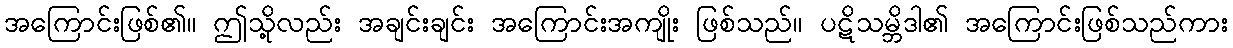
အကြောင်းဖြစ်၏။ ဤသို့လည်း အချင်းချင်း အကြောင်းအကျိုး ဖြစ်သည်။ ပဋိသမ္ဘိဒါ၏ အကြောင်းဖြစ်သည်ကား